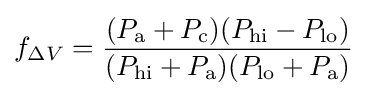
f_{\Delta V}={\frac {(P_{\text{a}}+P_{\text{c}})(P_{\text{hi}}-P_{\text{lo}})}{(P_{\text{hi}}+P_{\text{a}})(P_{\text{lo}}+P_{\text{a}})}}